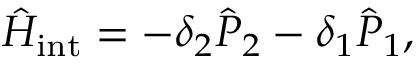
{ \hat { H } } _ { \mathrm { i n t } } = - \delta _ { 2 } { \hat { P } } _ { 2 } - \delta _ { 1 } { \hat { P } } _ { 1 } ,